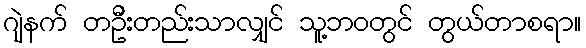
ဂျဲနက် တဦးတည်းသာလျှင် သူ့ဘဝတွင် တွယ်တာစရာ။